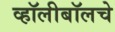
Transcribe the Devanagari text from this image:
व्हॉलीबॉलचे